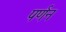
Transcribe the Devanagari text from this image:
पर्णन